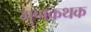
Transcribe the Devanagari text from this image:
गुणकथक